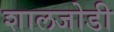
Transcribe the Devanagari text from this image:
शालजोडी